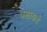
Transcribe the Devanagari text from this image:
यशाकडे